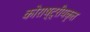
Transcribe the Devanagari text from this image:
कोराष्ट्रीयकृत